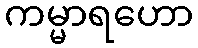
ကမ္မာရဟော